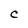
Character: C